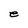
Character: e